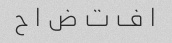
ا ف ت ض ا ح